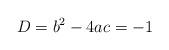
LaTeX: \begin{align*}D = b^2 - 4 ac = -1\end{align*}